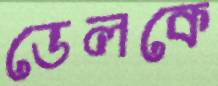
ডেলকে